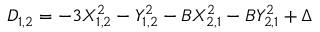
D _ { 1 , 2 } = - 3 X _ { 1 , 2 } ^ { 2 } - Y _ { 1 , 2 } ^ { 2 } - B X _ { 2 , 1 } ^ { 2 } - B Y _ { 2 , 1 } ^ { 2 } + \Delta